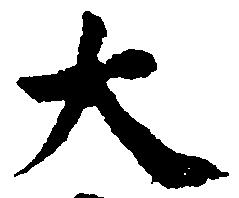
大